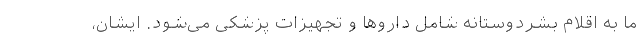
ما به اقلام بشردوستانه شامل داروها و تجهیزات پزشکی می‌شود. ایشان،